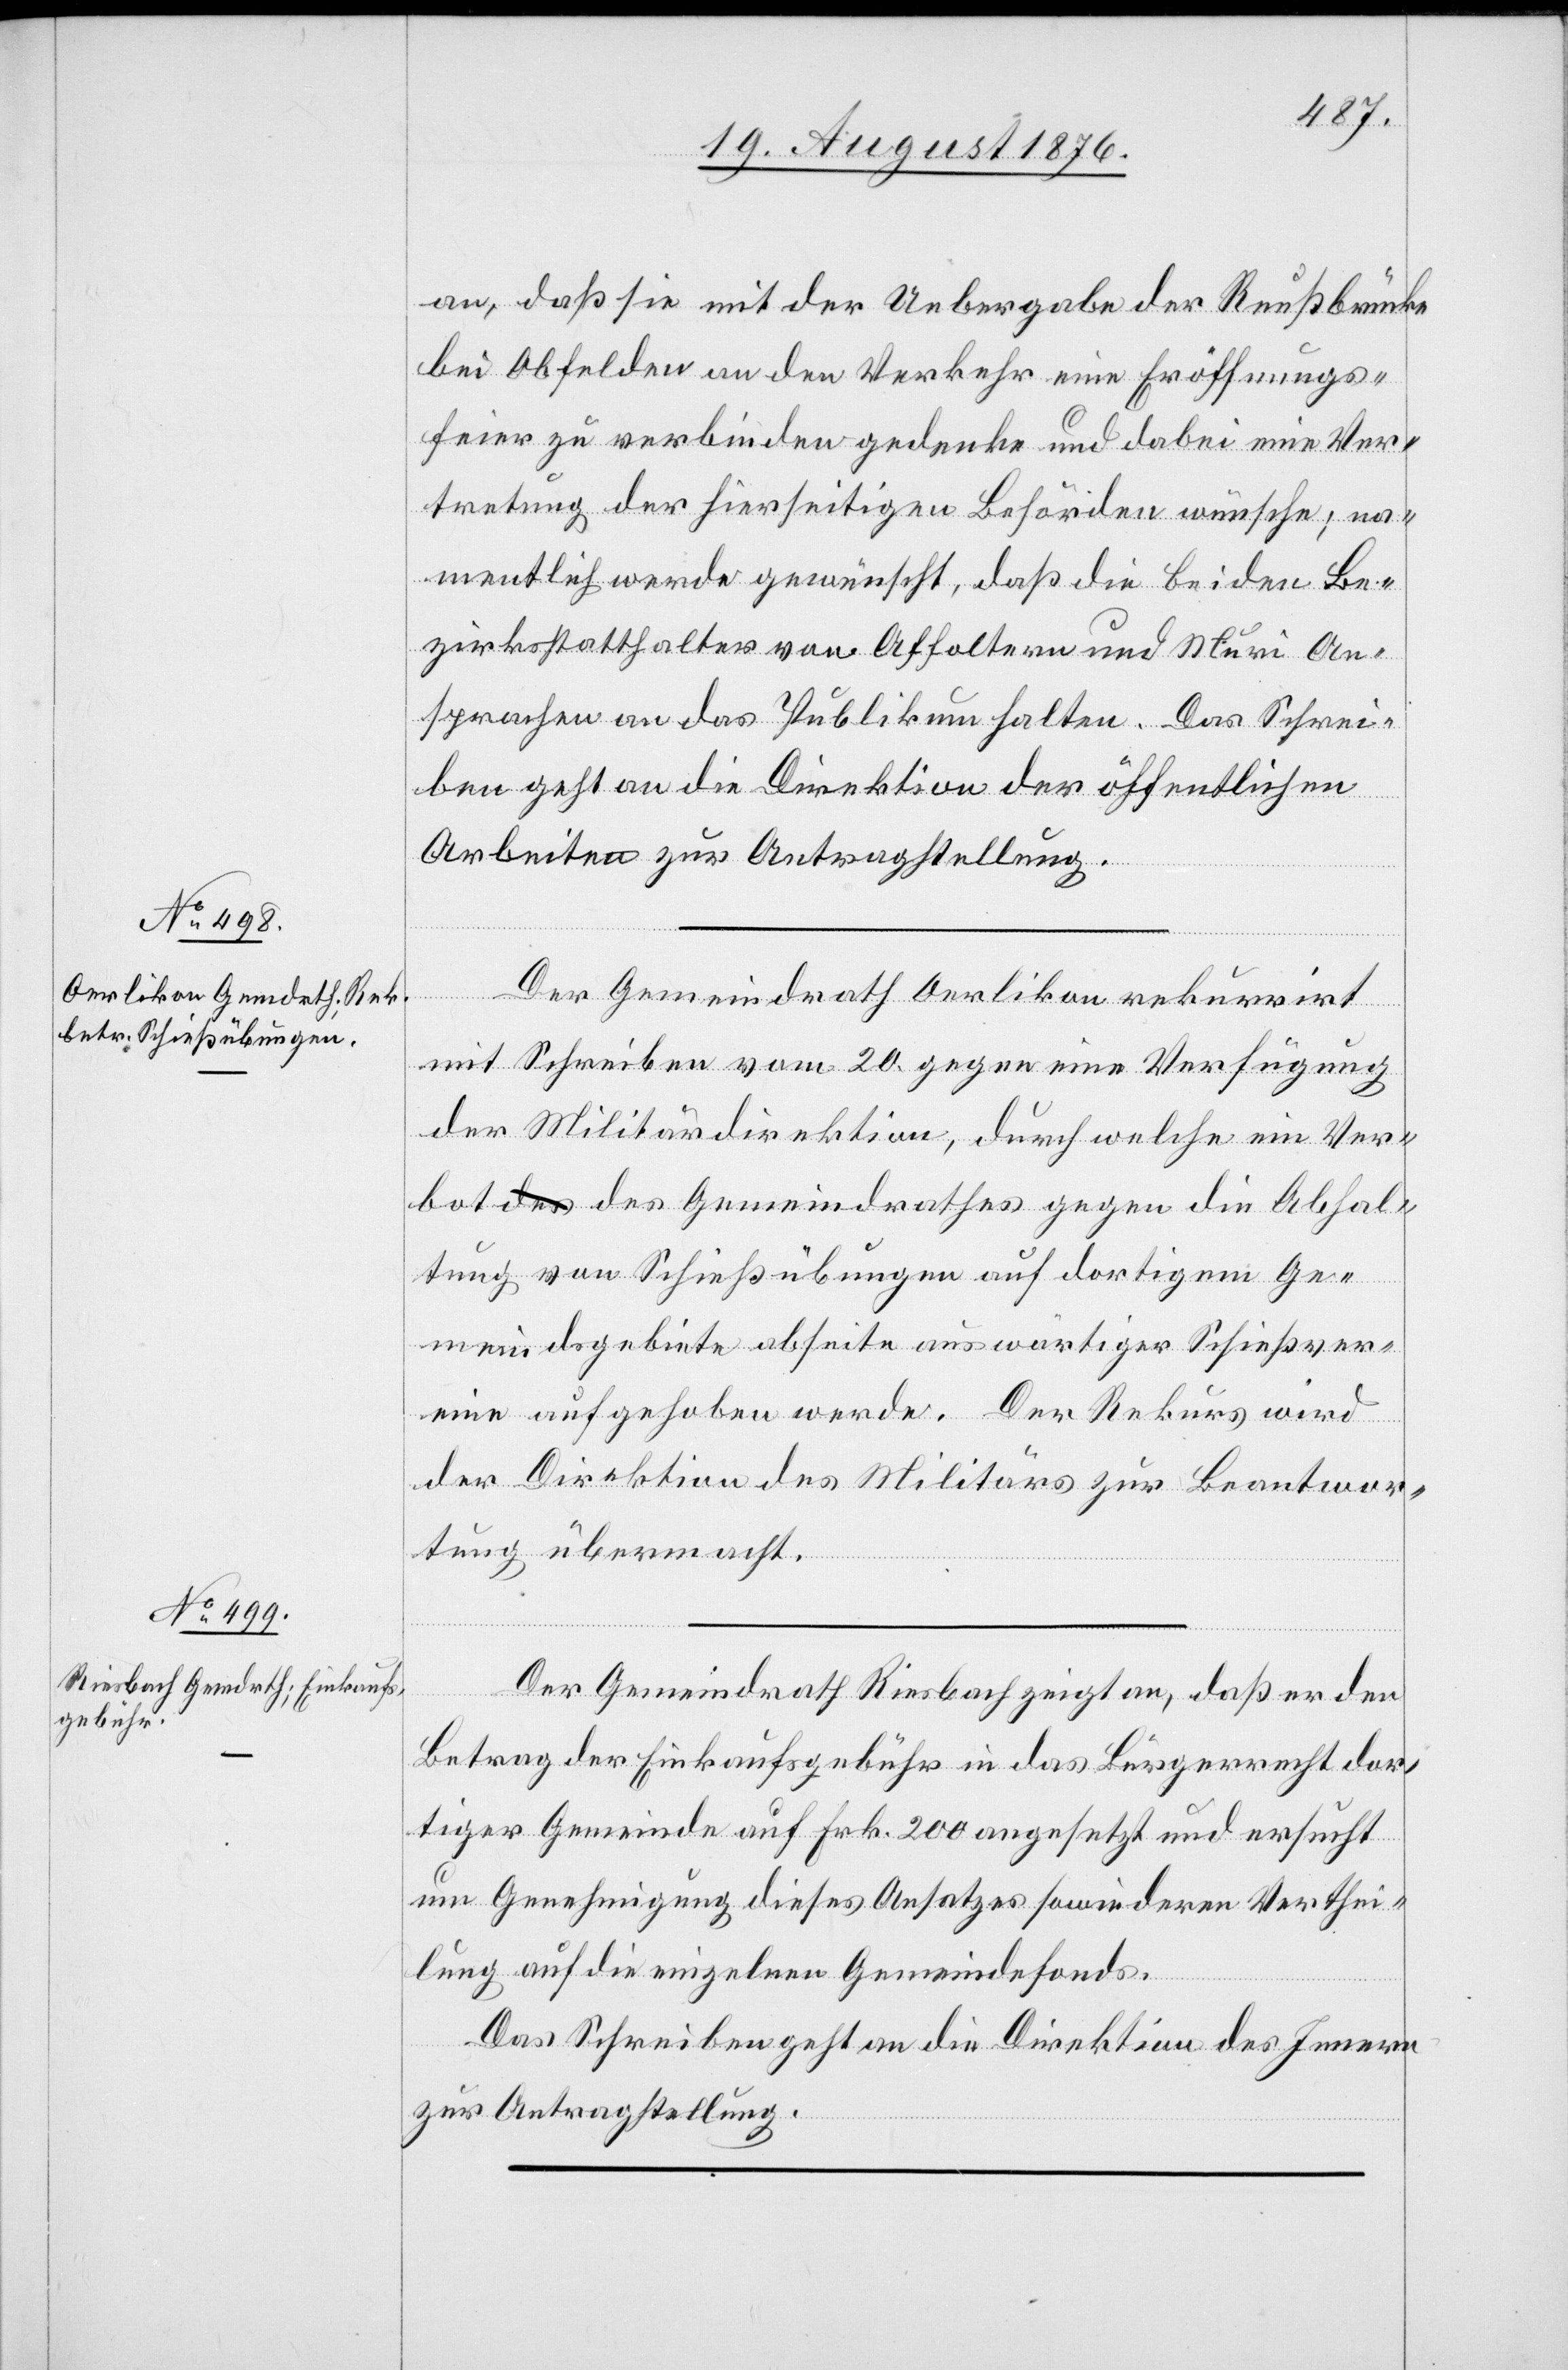
25. August 1876.]
an, daß sie mit der Uebergabe der Reußbrücke
bei Obfelden an den Verkehr eine Eröffnungs¬
feier zu verbinden gedenke und dabei eine Ver¬
tretung der hierseitigen Behörden wünsche; na¬
mentlich werde gewünscht, daß die beiden Be¬
zirksstatthalter von Affoltern und Muri An¬
sprachen an das Publikum halten. Das Schrei¬
ben geht an die Direktion der öffentlichen
Arbeiten zur Antragstellung.
Der Gemeindrath Oerlikon rekurrirt
mit Schreiben vom 20. gegen eine Verfügung
der Militärdepartement, durch welche ein Ver¬
bot des Gemeindrathes gegen die Abhal¬
tung von Schießübungen auf dortigem Ge¬
meindsgebiete abseite auswärtiger Schießver¬
eine aufgehoben werde. Der Rekurs wird
der Direktion des Militärs zur Beantwor¬
tung übermacht.
Der Gemeindrath Riesbach zeigt an, daß er den
Betrag der Einkaufsgebühr in das Bürgerrecht dor¬
tiger Gemeinde auf Frk. 200 angesetzt und ersucht
um Genehmigung dieses Ansatzes sowie deren Verthei¬
lung auf die einzelnen Gemeindefonds.
Das Schrieben geht an die Direktion des Innern
zur Antragstellung.